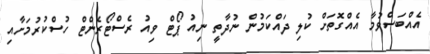
އެއްބަސްވުމާ އެއްގޮތަށް ކުލި ދައްކަމުން ނުދާތީ ނިއު ޕޯޓް ވިއު ރެސްޓޯރެންޓް ހުސްކުރުމަށާއި